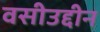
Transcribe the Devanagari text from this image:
वसीउद्दीन